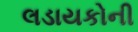
લડાયકોની